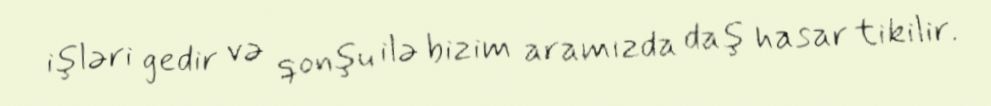
işləri gedir və qonşu ilə bizim aramızda daş hasar tikilir.